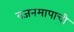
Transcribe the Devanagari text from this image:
वजनमापाची